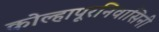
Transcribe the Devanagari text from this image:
कोल्हापूरनिवासिनी